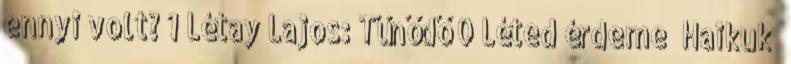
ennyi volt? 1 Létay Lajos: Tűnődő 0 Léted érdeme Haikuk